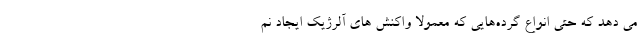
می دهد که حتی انواع گرده‌هایی که معمولا واکنش های آلرژیک ایجاد نم